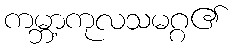
ကမ္ဘာ့ကုလသမဂ္ဂ၏